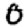
Digit: 0